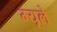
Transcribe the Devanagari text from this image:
म्यूले